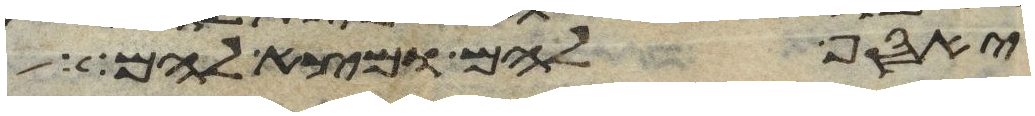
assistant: יאסף להם ומצא להם